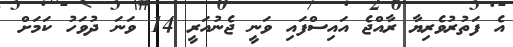
އެ ފަތުރުވެރިޔާ ރާއްޖެ އައިސްފައި ވަނީ ޖެނުއަރީ 14 ވަނަ ދުވަހު ކަމަށް